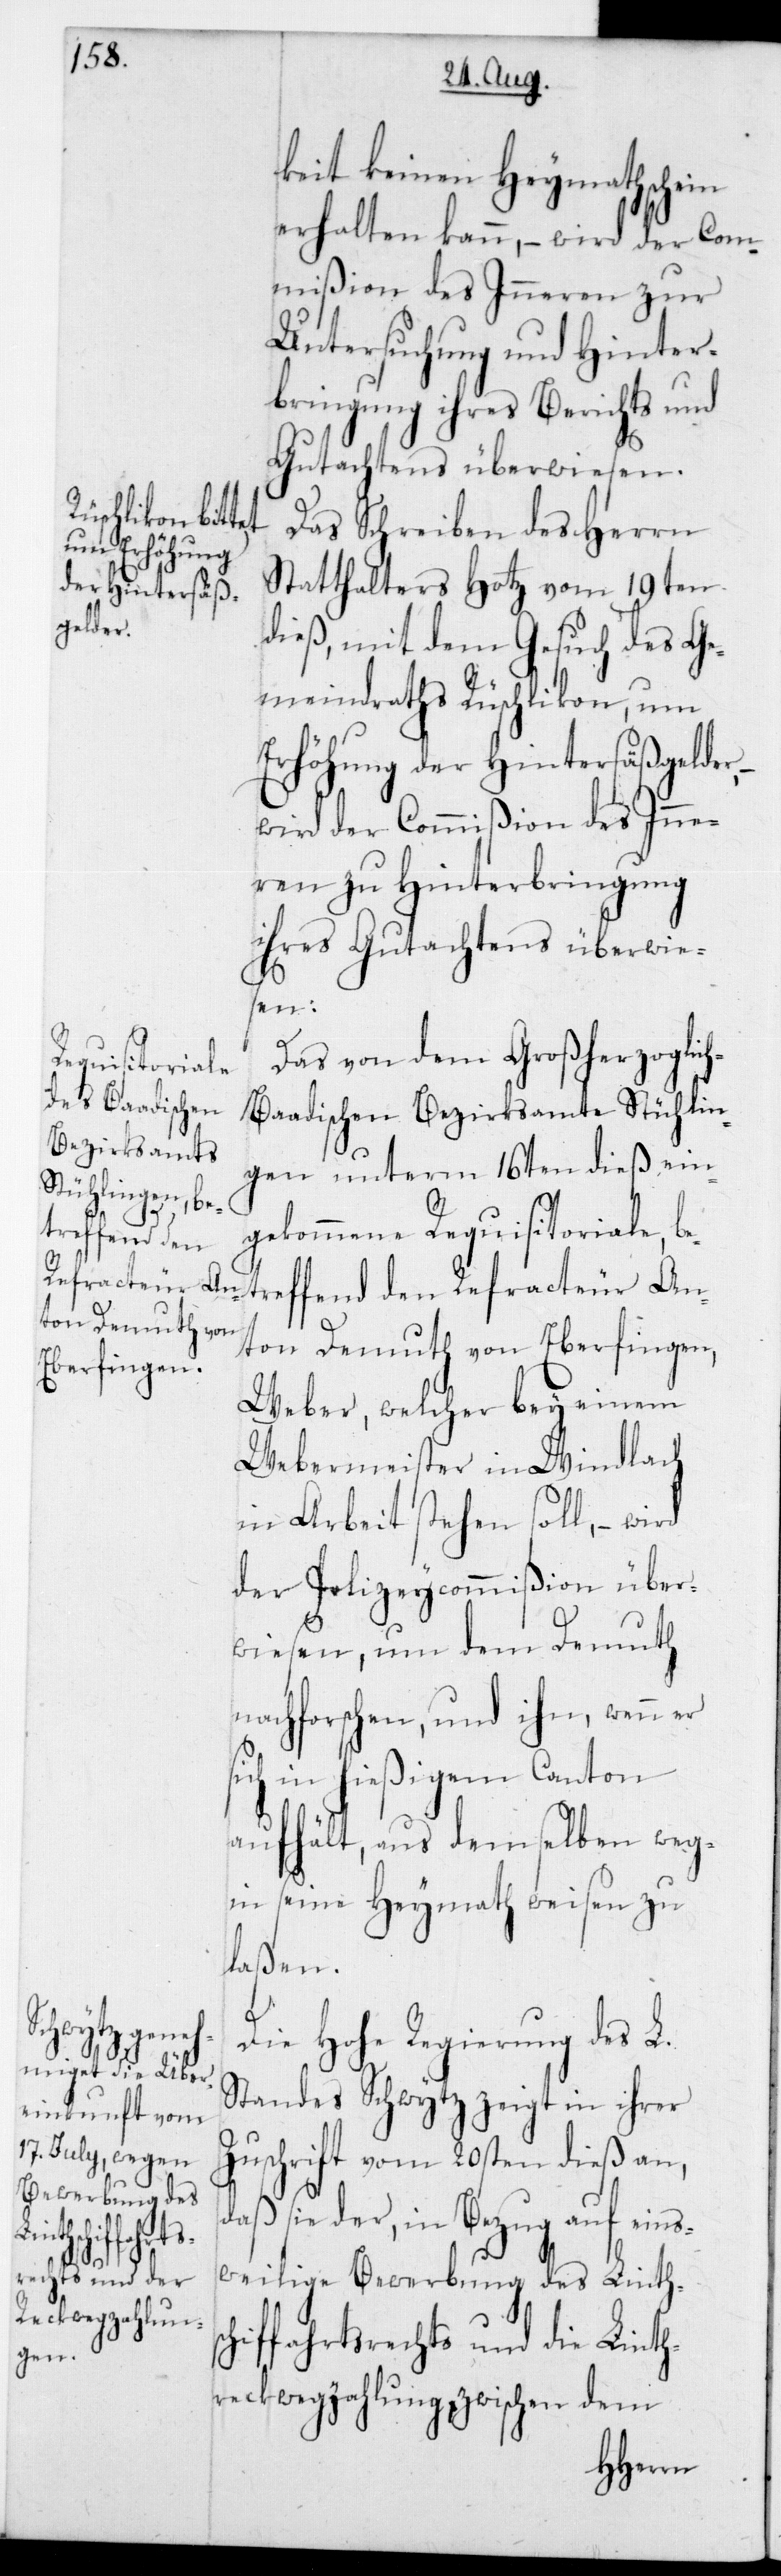
keit keinen Heymathschein
erhalten kann, – wird der Com¬
mißion des Inneren zur
Untersuchung und Hinter¬
bringung ihres Berichts und
Gutachtens überwiesen.
Das Schreiben des Herrn
Statthalters Hotz vom 19ten
dieß, mit dem Gesuch des Ge¬
meindraths Rüschlikon, um
Erhöhung der Hintersäßgelder,
wird der Commißion des Inne¬
ren zu Hinterbringung
ihres Gutachtens überwie¬
sen.
Das von dem Großherzoglic¬
Refracteur An¬
h-Baadischen Bezirksamte Stühlin¬
gen unterm 16ten dieß ein¬
gekommene Requisitoriale, b¬
etreffend den
ton Demuth von Eberfingen,
Weber, welcher bey einem
Webermeister in Windlach
in Arbeit stehen soll, – wird
der Polizeycommißion über¬
wiesen, um dem Demuth
nachforschen, und ihn, wenn
in hießigem Canton
aufhält, aus demselben weg-
in seine Heymath weisen zu
laßen.
Die Hohe Regierung des L.
Standes Schwytz zeigt in ihrer
Zuschrift vom 20sten dieß an,
sie der, in Bezug auf eins¬
tweilige Bewerbung des Linths¬
chiffahrtsrechts und die Linth¬
reckwegzahlung, zwischen dem